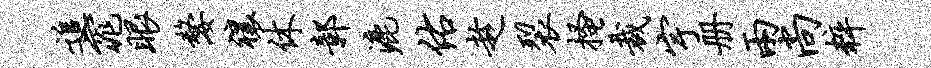
追窕眼嫠禳休鄣漉佑趁裂搔裁宇册两尚粹